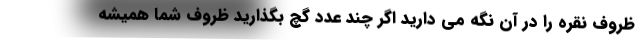
ظروف نقره را در آن نگه می دارید اگر چند عدد گچ بگذارید ظروف شما همیشه